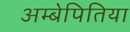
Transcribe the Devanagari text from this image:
अम्बेपितिया